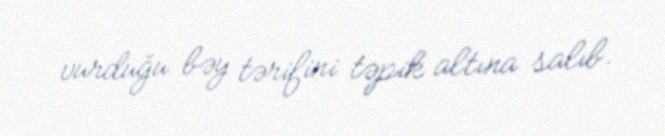
vurduğu bəy tərifini təpik altına salıb.